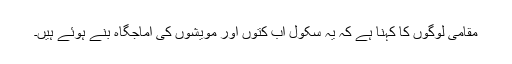
مقامی لوگوں کا کہنا ہے کہ یہ سکول اب کتوں اور مویشوں کی آماجگاہ بنے ہوئے ہیں۔